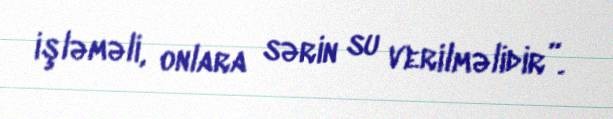
işləməli, onlara sərin su verilməlidir”.